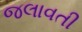
જલાવતી